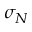
\sigma _ { N }